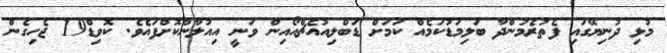
މުޅި ދުނިޔޭގައި ފެތުރެމުންދާ ބަލިމަޑުކަމެއް ކަމަށް ޑަބްލިއުއެޗްއޯއިން ވަނީ އިއުލާންކޮށްފައެވެ. ކޮވިޑް19 ޖެހިގެން